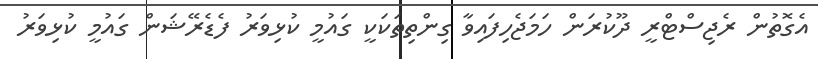
އެގޮތުން ރެޖިސްޓްރީ ދޫކުރަން ހަމަޖެހިފައިވާ ގިންތިތަކަކީ ގައުމީ ކުޅިވަރު ފެޑެރޭޝަން ގައުމީ ކުޅިވަރު